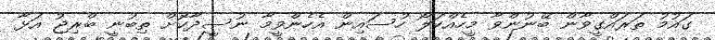
ގައުމު ތަރައްގީވާން ބޭނުންވާ މީހެއްކަލޯ ހުސައިން އެހެންވީމާ ނުސީދާކޮށް ތިބުނީ ބްރިޖު އަޅާ